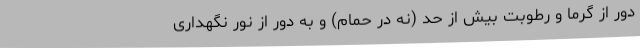
دور از گرما و رطوبت بیش از حد (نه در حمام) و به دور از نور نگهداری